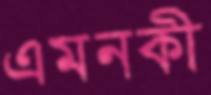
এমনকী